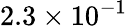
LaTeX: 2.3\times 10^{-1}